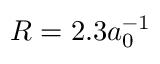
R = 2 . 3 a _ { 0 } ^ { - 1 }